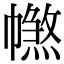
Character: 𢅑